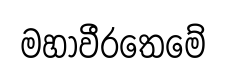
මහාවීරතෙමේ